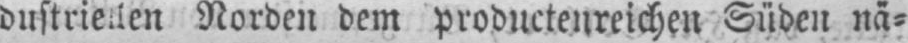
Norden dem productenreichen Süden nä⸗